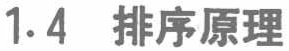
1.4 排序原理